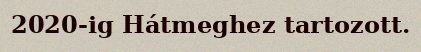
2020-ig Hátmeghez tartozott.